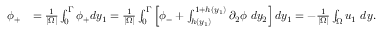
\begin{array} { r l } { \phi _ { + } } & { = \frac { 1 } { | \Omega | } \int _ { 0 } ^ { \Gamma } \phi _ { + } d y _ { 1 } = \frac { 1 } { | \Omega | } \int _ { 0 } ^ { \Gamma } \left[ \phi _ { - } + \int _ { h ( y _ { 1 } ) } ^ { 1 + h ( y _ { 1 } ) } \partial _ { 2 } \phi \ d y _ { 2 } \right] d y _ { 1 } = - \frac { 1 } { | \Omega | } \int _ { \Omega } u _ { 1 } \ d y . } \end{array}